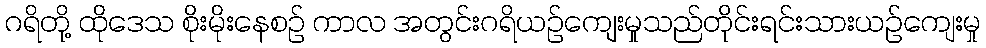
ဂရိတို့ ထိုဒေသ စိုးမိုးနေစဉ် ကာလ အတွင်းဂရိယဉ်ကျေးမှုသည်တိုင်းရင်းသားယဉ်ကျေးမှု